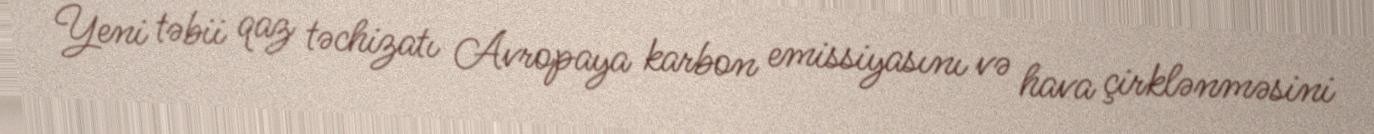
Yeni təbii qaz təchizatı Avropaya karbon emissiyasını və hava çirklənməsini